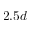
2 . 5 d